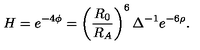
H = e ^ { - 4 \phi } = \left( \frac { R _ { 0 } } { R _ { A } } \right) ^ { 6 } \Delta ^ { - 1 } e ^ { - 6 \rho } .